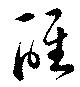
醒